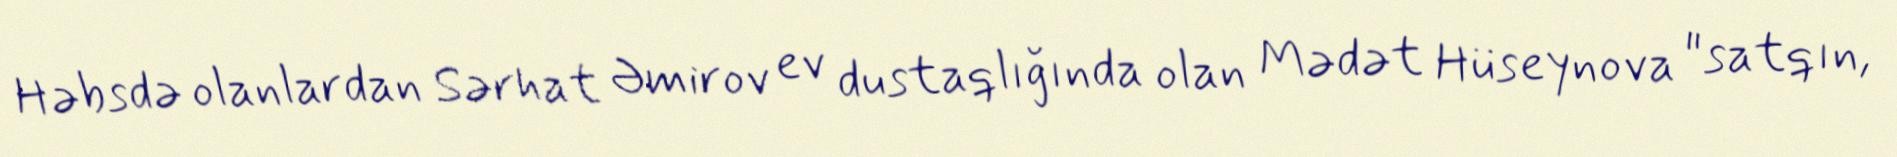
Həbsdə olanlardan Sərhat Əmirov ev dustaqlığında olan Mədət Hüseynova "satqın,